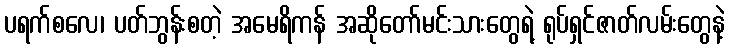
ပရက်စလေ၊ ပတ်ဘွန်းစတဲ့ အမေရိကန် အဆိုတော်မင်းသားတွေရဲ့ ရုပ်ရှင်ဇာတ်လမ်းတွေနဲ့